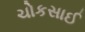
ચોકસાઈ